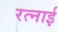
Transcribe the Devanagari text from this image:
रत्नाई